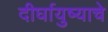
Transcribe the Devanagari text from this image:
दीर्घायुष्याचे